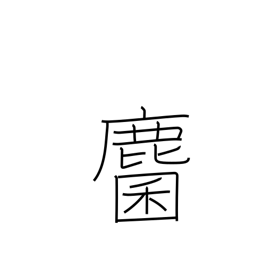
Meaning: roe deer